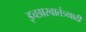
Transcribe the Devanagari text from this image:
इच्छास्वातंत्र्य्वादी